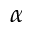
\alpha